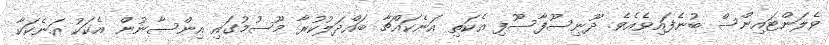
ވެލަންޓައިންސް ބުނެފައިވެއެވެ. ދޫނިސޫފާސޫފި އެކަތި އަނެކައްޗާ ބައްދަލުކުރާ މޫސުމުގައި އިންސާނުން އެކަކު އަނެކަކާ